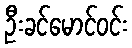
ဦးခင်မောင်ဝင်း